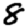
Digit: 8